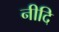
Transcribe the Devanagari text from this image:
नीदि